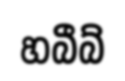
හබීබ්